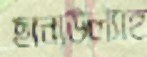
ছানাউল্যাহ